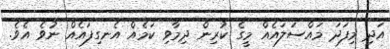
އަދި މިފަދަ މައްސަލައެއް މީގެ ކުރިން ދިމާވި ކަމެއް އެނގިފައެއް ނުވެ އެވެ.